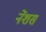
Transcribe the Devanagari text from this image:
नेंशस